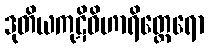
ဒုတိယကုဋိဝိဟာရိတ္ထေရော